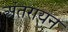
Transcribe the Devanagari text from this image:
अंतरायन